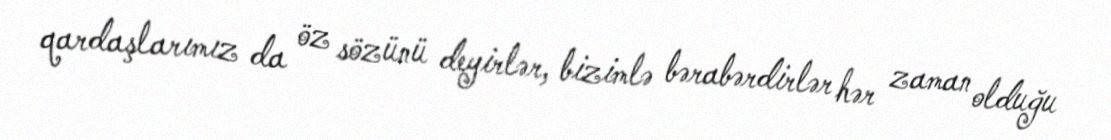
qardaşlarımız da öz sözünü deyirlər, bizimlə bərabərdirlər hər zaman olduğu